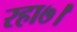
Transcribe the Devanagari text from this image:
रहा७।